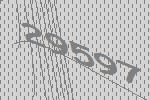
29597